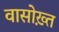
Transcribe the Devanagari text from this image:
वासोख़्त